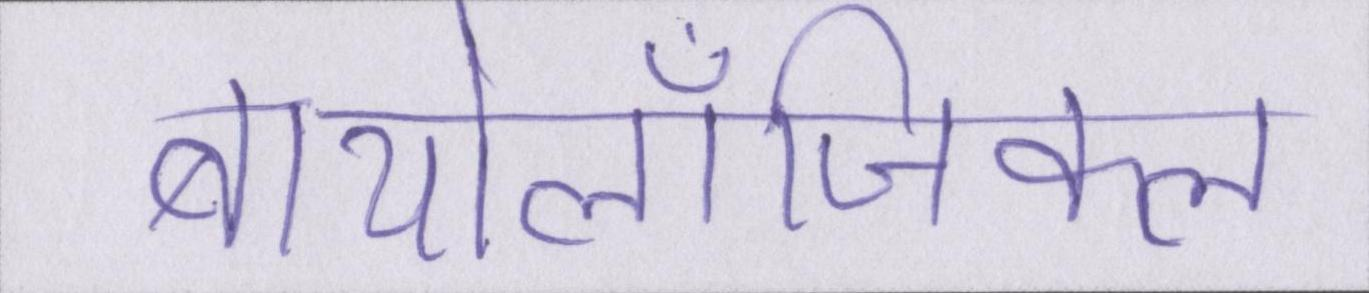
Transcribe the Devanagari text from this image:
बायोलॉजिकल